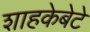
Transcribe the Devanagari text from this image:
शाहकेबेटे